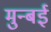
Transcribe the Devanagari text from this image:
मुन्बई